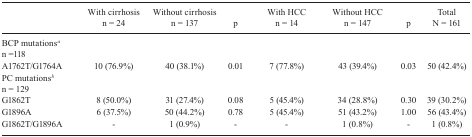
<table><thead><tr><td><b> </b></td><td><b>With cirrhosis n = 24</b></td><td><b>Without cirrhosis n = 137</b></td><td><b>p</b></td><td><b>With HCC n = 14</b></td><td><b>Without HCC n = 147</b></td><td><b>p</b></td><td><b>Total N = 161</b></td></tr></thead><tbody><tr><td>BCP mutations<sup><i>a</i></sup> n =118</td><td> </td><td> </td><td> </td><td> </td><td> </td><td> </td><td> </td></tr><tr><td>A1762T/G1764A</td><td>10 (76.9%)</td><td>40 (38.1%)</td><td>0.01</td><td>7 (77.8%)</td><td>43 (39.4%)</td><td>0.03</td><td>50 (42.4%)</td></tr><tr><td>PC mutations<sup><i>b</i></sup> n = 129</td><td> </td><td> </td><td> </td><td> </td><td> </td><td> </td><td> </td></tr><tr><td>G1862T</td><td>8 (50.0%)</td><td>31 (27.4%)</td><td>0.08</td><td>5 (45.4%)</td><td>34 (28.8%)</td><td>0.30</td><td>39 (30.2%)</td></tr><tr><td>G1896A</td><td>6 (37.5%)</td><td>50 (44.2%)</td><td>0.78</td><td>5 (45.4%)</td><td>51 (43.2%)</td><td>1.00</td><td>56 (43.4%)</td></tr><tr><td>G1862T/G1896A</td><td>-</td><td>1 (0.9%)</td><td>-</td><td>-</td><td>1 (0.8%)</td><td>-</td><td>1 (0.8%)</td></tr></tbody></table>